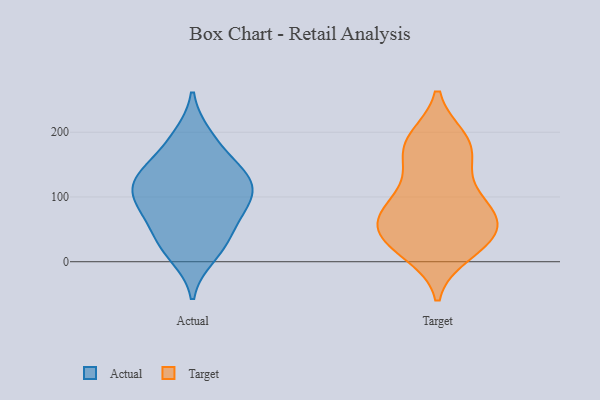
{"axis": {"x": "Active Users", "y": "Value"}, "legend": ["Actual", "Target"], "data": [{"x": "", "y": 52, "type": "Actual"}, {"x": "", "y": 141, "type": "Actual"}, {"x": "", "y": 118, "type": "Actual"}, {"x": "", "y": 182, "type": "Actual"}, {"x": "", "y": 22, "type": "Actual"}, {"x": "", "y": 92, "type": "Actual"}, {"x": "", "y": 77, "type": "Actual"}, {"x": "", "y": 128, "type": "Actual"}, {"x": "", "y": 194, "type": "Actual"}, {"x": "", "y": 97, "type": "Actual"}, {"x": "", "y": 135, "type": "Actual"}, {"x": "", "y": 130, "type": "Actual"}, {"x": "", "y": 10, "type": "Actual"}, {"x": "", "y": 35, "type": "Actual"}, {"x": "", "y": 89, "type": "Actual"}, {"x": "", "y": 154, "type": "Target"}, {"x": "", "y": 117, "type": "Target"}, {"x": "", "y": 187, "type": "Target"}, {"x": "", "y": 47, "type": "Target"}, {"x": "", "y": 76, "type": "Target"}, {"x": "", "y": 38, "type": "Target"}, {"x": "", "y": 189, "type": "Target"}, {"x": "", "y": 182, "type": "Target"}, {"x": "", "y": 69, "type": "Target"}, {"x": "", "y": 22, "type": "Target"}, {"x": "", "y": 64, "type": "Target"}, {"x": "", "y": 169, "type": "Target"}, {"x": "", "y": 14, "type": "Target"}, {"x": "", "y": 28, "type": "Target"}, {"x": "", "y": 94, "type": "Target"}, {"x": "", "y": 85, "type": "Target"}, {"x": "", "y": 51, "type": "Target"}]}